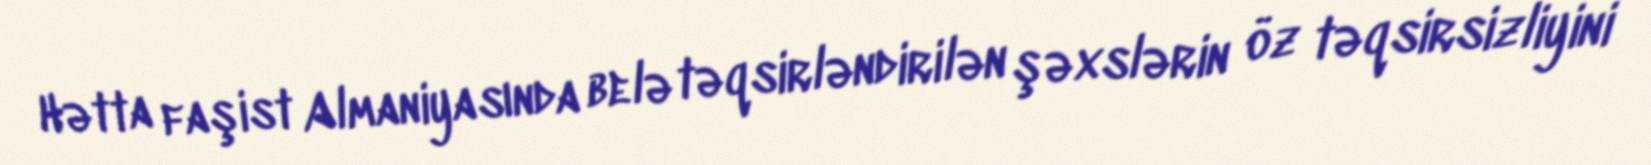
Hətta faşist Almaniyasında belə təqsirləndirilən şəxslərin öz təqsirsizliyini